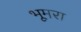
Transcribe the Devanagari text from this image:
भूमरा